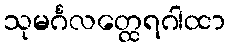
သုမင်္ဂလတ္ထေရဂါထာ